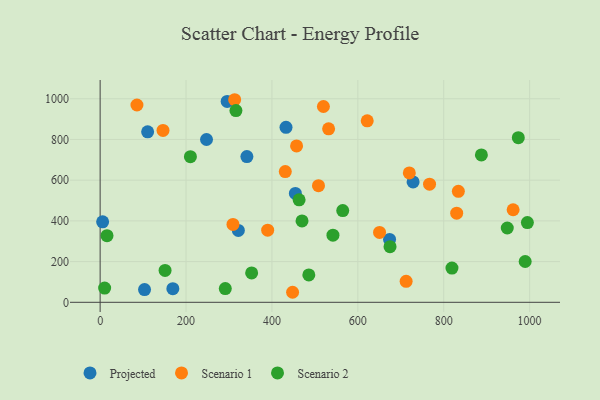
{"axis": {"x": "Distance", "y": "Profit"}, "legend": ["Projected", "Scenario 1", "Scenario 2"], "data": [{"x": "5.8", "y": 395.3, "type": "Projected"}, {"x": "673.9", "y": 308.7, "type": "Projected"}, {"x": "110.6", "y": 837.4, "type": "Projected"}, {"x": "103.4", "y": 62.6, "type": "Projected"}, {"x": "169.3", "y": 67.0, "type": "Projected"}, {"x": "454.6", "y": 534.7, "type": "Projected"}, {"x": "247.7", "y": 799.8, "type": "Projected"}, {"x": "432.8", "y": 859.5, "type": "Projected"}, {"x": "295.8", "y": 986.7, "type": "Projected"}, {"x": "321.8", "y": 352.9, "type": "Projected"}, {"x": "341.7", "y": 716.1, "type": "Projected"}, {"x": "728.7", "y": 591.4, "type": "Projected"}, {"x": "532.0", "y": 852.0, "type": "Scenario 1"}, {"x": "712.5", "y": 103.3, "type": "Scenario 1"}, {"x": "621.9", "y": 891.3, "type": "Scenario 1"}, {"x": "431.1", "y": 642.3, "type": "Scenario 1"}, {"x": "309.3", "y": 382.7, "type": "Scenario 1"}, {"x": "961.6", "y": 454.6, "type": "Scenario 1"}, {"x": "457.4", "y": 768.3, "type": "Scenario 1"}, {"x": "650.6", "y": 343.5, "type": "Scenario 1"}, {"x": "834.1", "y": 545.4, "type": "Scenario 1"}, {"x": "390.1", "y": 354.2, "type": "Scenario 1"}, {"x": "85.7", "y": 969.3, "type": "Scenario 1"}, {"x": "830.2", "y": 437.7, "type": "Scenario 1"}, {"x": "508.4", "y": 572.7, "type": "Scenario 1"}, {"x": "313.2", "y": 995.1, "type": "Scenario 1"}, {"x": "719.9", "y": 635.5, "type": "Scenario 1"}, {"x": "767.0", "y": 580.5, "type": "Scenario 1"}, {"x": "146.4", "y": 844.2, "type": "Scenario 1"}, {"x": "448.1", "y": 49.3, "type": "Scenario 1"}, {"x": "519.9", "y": 961.9, "type": "Scenario 1"}, {"x": "948.0", "y": 364.9, "type": "Scenario 2"}, {"x": "10.5", "y": 69.8, "type": "Scenario 2"}, {"x": "887.7", "y": 724.1, "type": "Scenario 2"}, {"x": "989.7", "y": 200.5, "type": "Scenario 2"}, {"x": "291.4", "y": 67.4, "type": "Scenario 2"}, {"x": "675.0", "y": 273.4, "type": "Scenario 2"}, {"x": "819.2", "y": 168.1, "type": "Scenario 2"}, {"x": "352.8", "y": 144.3, "type": "Scenario 2"}, {"x": "485.9", "y": 134.3, "type": "Scenario 2"}, {"x": "210.2", "y": 715.3, "type": "Scenario 2"}, {"x": "542.1", "y": 330.0, "type": "Scenario 2"}, {"x": "16.0", "y": 327.1, "type": "Scenario 2"}, {"x": "994.8", "y": 391.5, "type": "Scenario 2"}, {"x": "151.2", "y": 156.8, "type": "Scenario 2"}, {"x": "316.2", "y": 941.9, "type": "Scenario 2"}, {"x": "470.1", "y": 399.7, "type": "Scenario 2"}, {"x": "973.7", "y": 808.7, "type": "Scenario 2"}, {"x": "463.3", "y": 503.6, "type": "Scenario 2"}, {"x": "564.9", "y": 450.5, "type": "Scenario 2"}]}